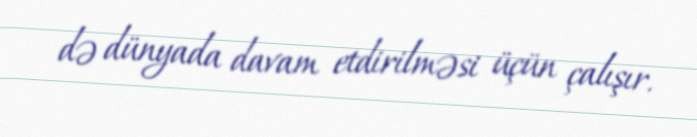
də dünyada davam etdirilməsi üçün çalışır.